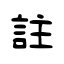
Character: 註